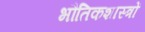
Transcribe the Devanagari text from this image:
भौतिकशास्त्रों